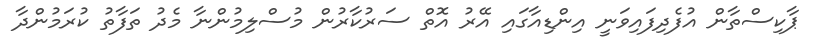
ޕާކިސްތާން އުފެދިފައިވަނީ އިންޑިއާގައި އޭރު އޮތް ސަރުކާރުން މުސްލިމުންނާ މެދު ތަފާތު ކުރަމުންދާ